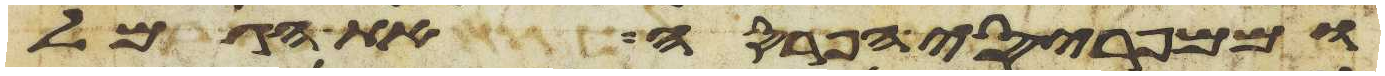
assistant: וממפריסי הפרסה את הגמל